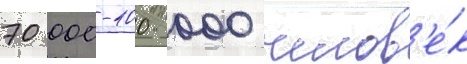
70 000-100 000 челов'е́к